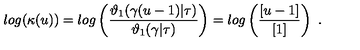
l o g ( \kappa ( u ) ) = l o g \left( { \frac { \vartheta _ { 1 } ( \gamma ( u - 1 ) | \tau ) } { \vartheta _ { 1 } ( \gamma | \tau ) } } \right) = l o g \left( { \frac { [ u - 1 ] } { [ 1 ] } } \right) \ .